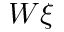
W \xi